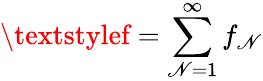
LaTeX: \textstylef=\sum_{\mathscr{N}=1}^{\infty}f_{\mathscr{N}}